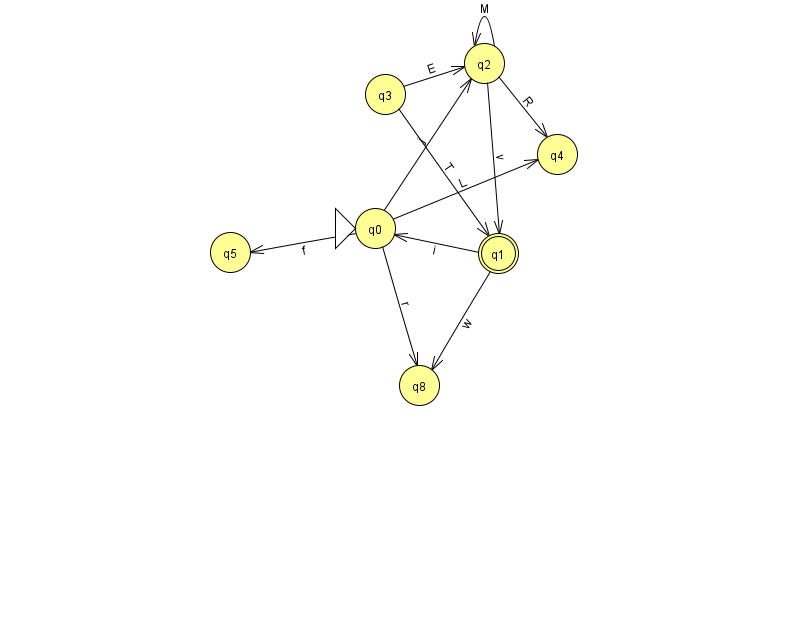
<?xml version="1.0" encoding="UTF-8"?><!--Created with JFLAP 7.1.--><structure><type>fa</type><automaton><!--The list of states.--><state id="0" name="q0"><x>375.0</x><y>215.0</y><initial/></state><state id="1" name="q1"><x>498.0</x><y>240.0</y><final/></state><state id="2" name="q2"><x>484.0</x><y>50.0</y></state><state id="3" name="q3"><x>385.0</x><y>81.0</y></state><state id="4" name="q4"><x>557.0</x><y>141.0</y></state><state id="5" name="q5"><x>230.0</x><y>239.0</y></state><state id="8" name="q8"><x>419.0</x><y>372.0</y></state><!--The list of transitions.--><transition><from>3</from><to>1</to><read>T</read></transition><transition><from>0</from><to>2</to><read>j</read></transition><transition><from>0</from><to>8</to><read>r</read></transition><transition><from>1</from><to>8</to><read>w</read></transition><transition><from>0</from><to>4</to><read>L</read></transition><transition><from>3</from><to>2</to><read>E</read></transition><transition><from>2</from><to>4</to><read>R</read></transition><transition><from>1</from><to>0</to><read>i</read></transition><transition><from>2</from><to>2</to><read>M</read></transition><transition><from>0</from><to>5</to><read>f</read></transition><transition><from>2</from><to>1</to><read>v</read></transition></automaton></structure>